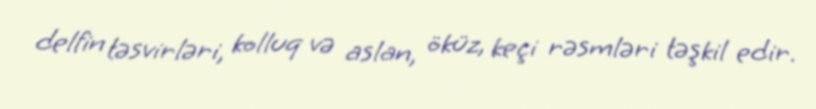
delfin təsvirləri, kolluq və aslan, öküz, keçi rəsmləri təşkil edir.